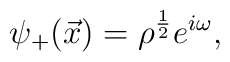
{\psi}_+ ( \vec{x}) = {\rho}^{1 \over 2} e^{i\omega} ,